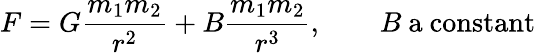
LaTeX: F=G{\frac{m_{1}m_{2}}{r^{2}}}+B{\frac{m_{1}m_{2}}{r^{3}}},\qquad B{\mathrm{~a~constant}}